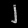
Digit: ၂